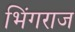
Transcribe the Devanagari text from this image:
भिंगराज